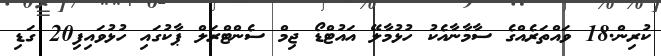
ކުރިން.18 ވައްތަރެއްގެ ސާމާނާއެކު ހުޅުމާލޭ އައުޓްޑޯ ޖިމް ސެންޓްރަލް ޕާކުގައި ހުޅުވައިފި20 ގަޑި